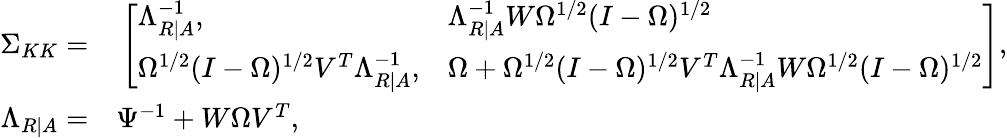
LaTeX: \begin{array}{rl}{\Sigma_{KK}=}&{{}\left[\begin{array}{ll}{\Lambda_{R|A}^{-1},}&{\Lambda_{R|A}^{-1}W\Omega^{1/2}(I-\Omega)^{1/2}}\\ {\Omega^{1/2}(I-\Omega)^{1/2}V^{T}\Lambda_{R|A}^{-1},}&{\Omega+\Omega^{1/2}(I-\Omega)^{1/2}V^{T}\Lambda_{R|A}^{-1}W\Omega^{1/2}(I-\Omega)^{1/2}}\end{array}\right],}\\ {\Lambda_{R|A}=}&{{}\Psi^{-1}+W\Omega V^{T},}\end{array}